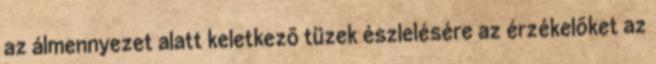
az álmennyezet alatt keletkezõ tüzek észlelésére az érzékelõket az